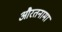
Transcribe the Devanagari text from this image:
औरतनामा